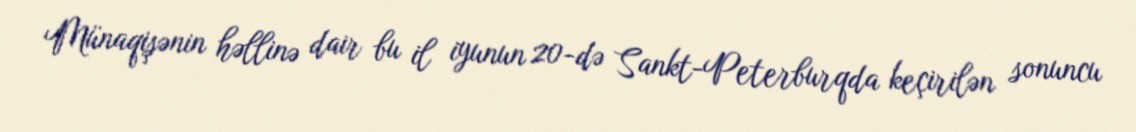
Münaqişənin həllinə dair bu il iyunun 20-də Sankt-Peterburqda keçirilən sonuncu